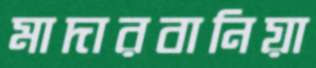
মাদারবানিয়া